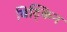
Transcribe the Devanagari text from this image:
विट्किन